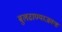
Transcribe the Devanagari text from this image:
बुलढाण्याजवळ